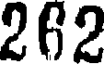
262